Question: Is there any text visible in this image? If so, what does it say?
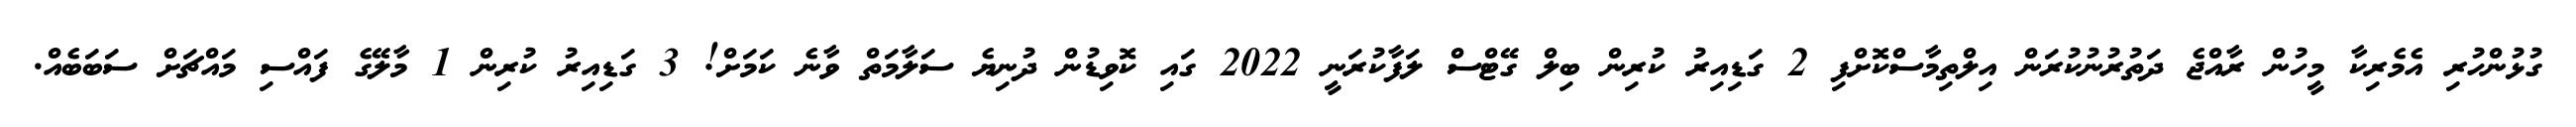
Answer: ގުޅުންހުރި އެމެރިކާ މީހުން ރާއްޖެ ދަތުރުނުކުރަން އިލްތިމާސްކޮށްފި 2 ގަޑިއިރު ކުރިން ބިލް ގޭޓްސް ލަފާކުރަނީ 2022 ގައި ކޮވިޑުން ދުނިޔެ ސަލާމަތް ވާނެ ކަމަށް! 3 ގަޑިއިރު ކުރިން 1 މާލޭގެ ފައްސި މައްޗަށް ސަބަބެއް.